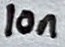
Text: 10n